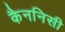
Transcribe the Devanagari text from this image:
कैननिसी